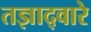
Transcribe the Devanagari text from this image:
तज्ञाद्वारे